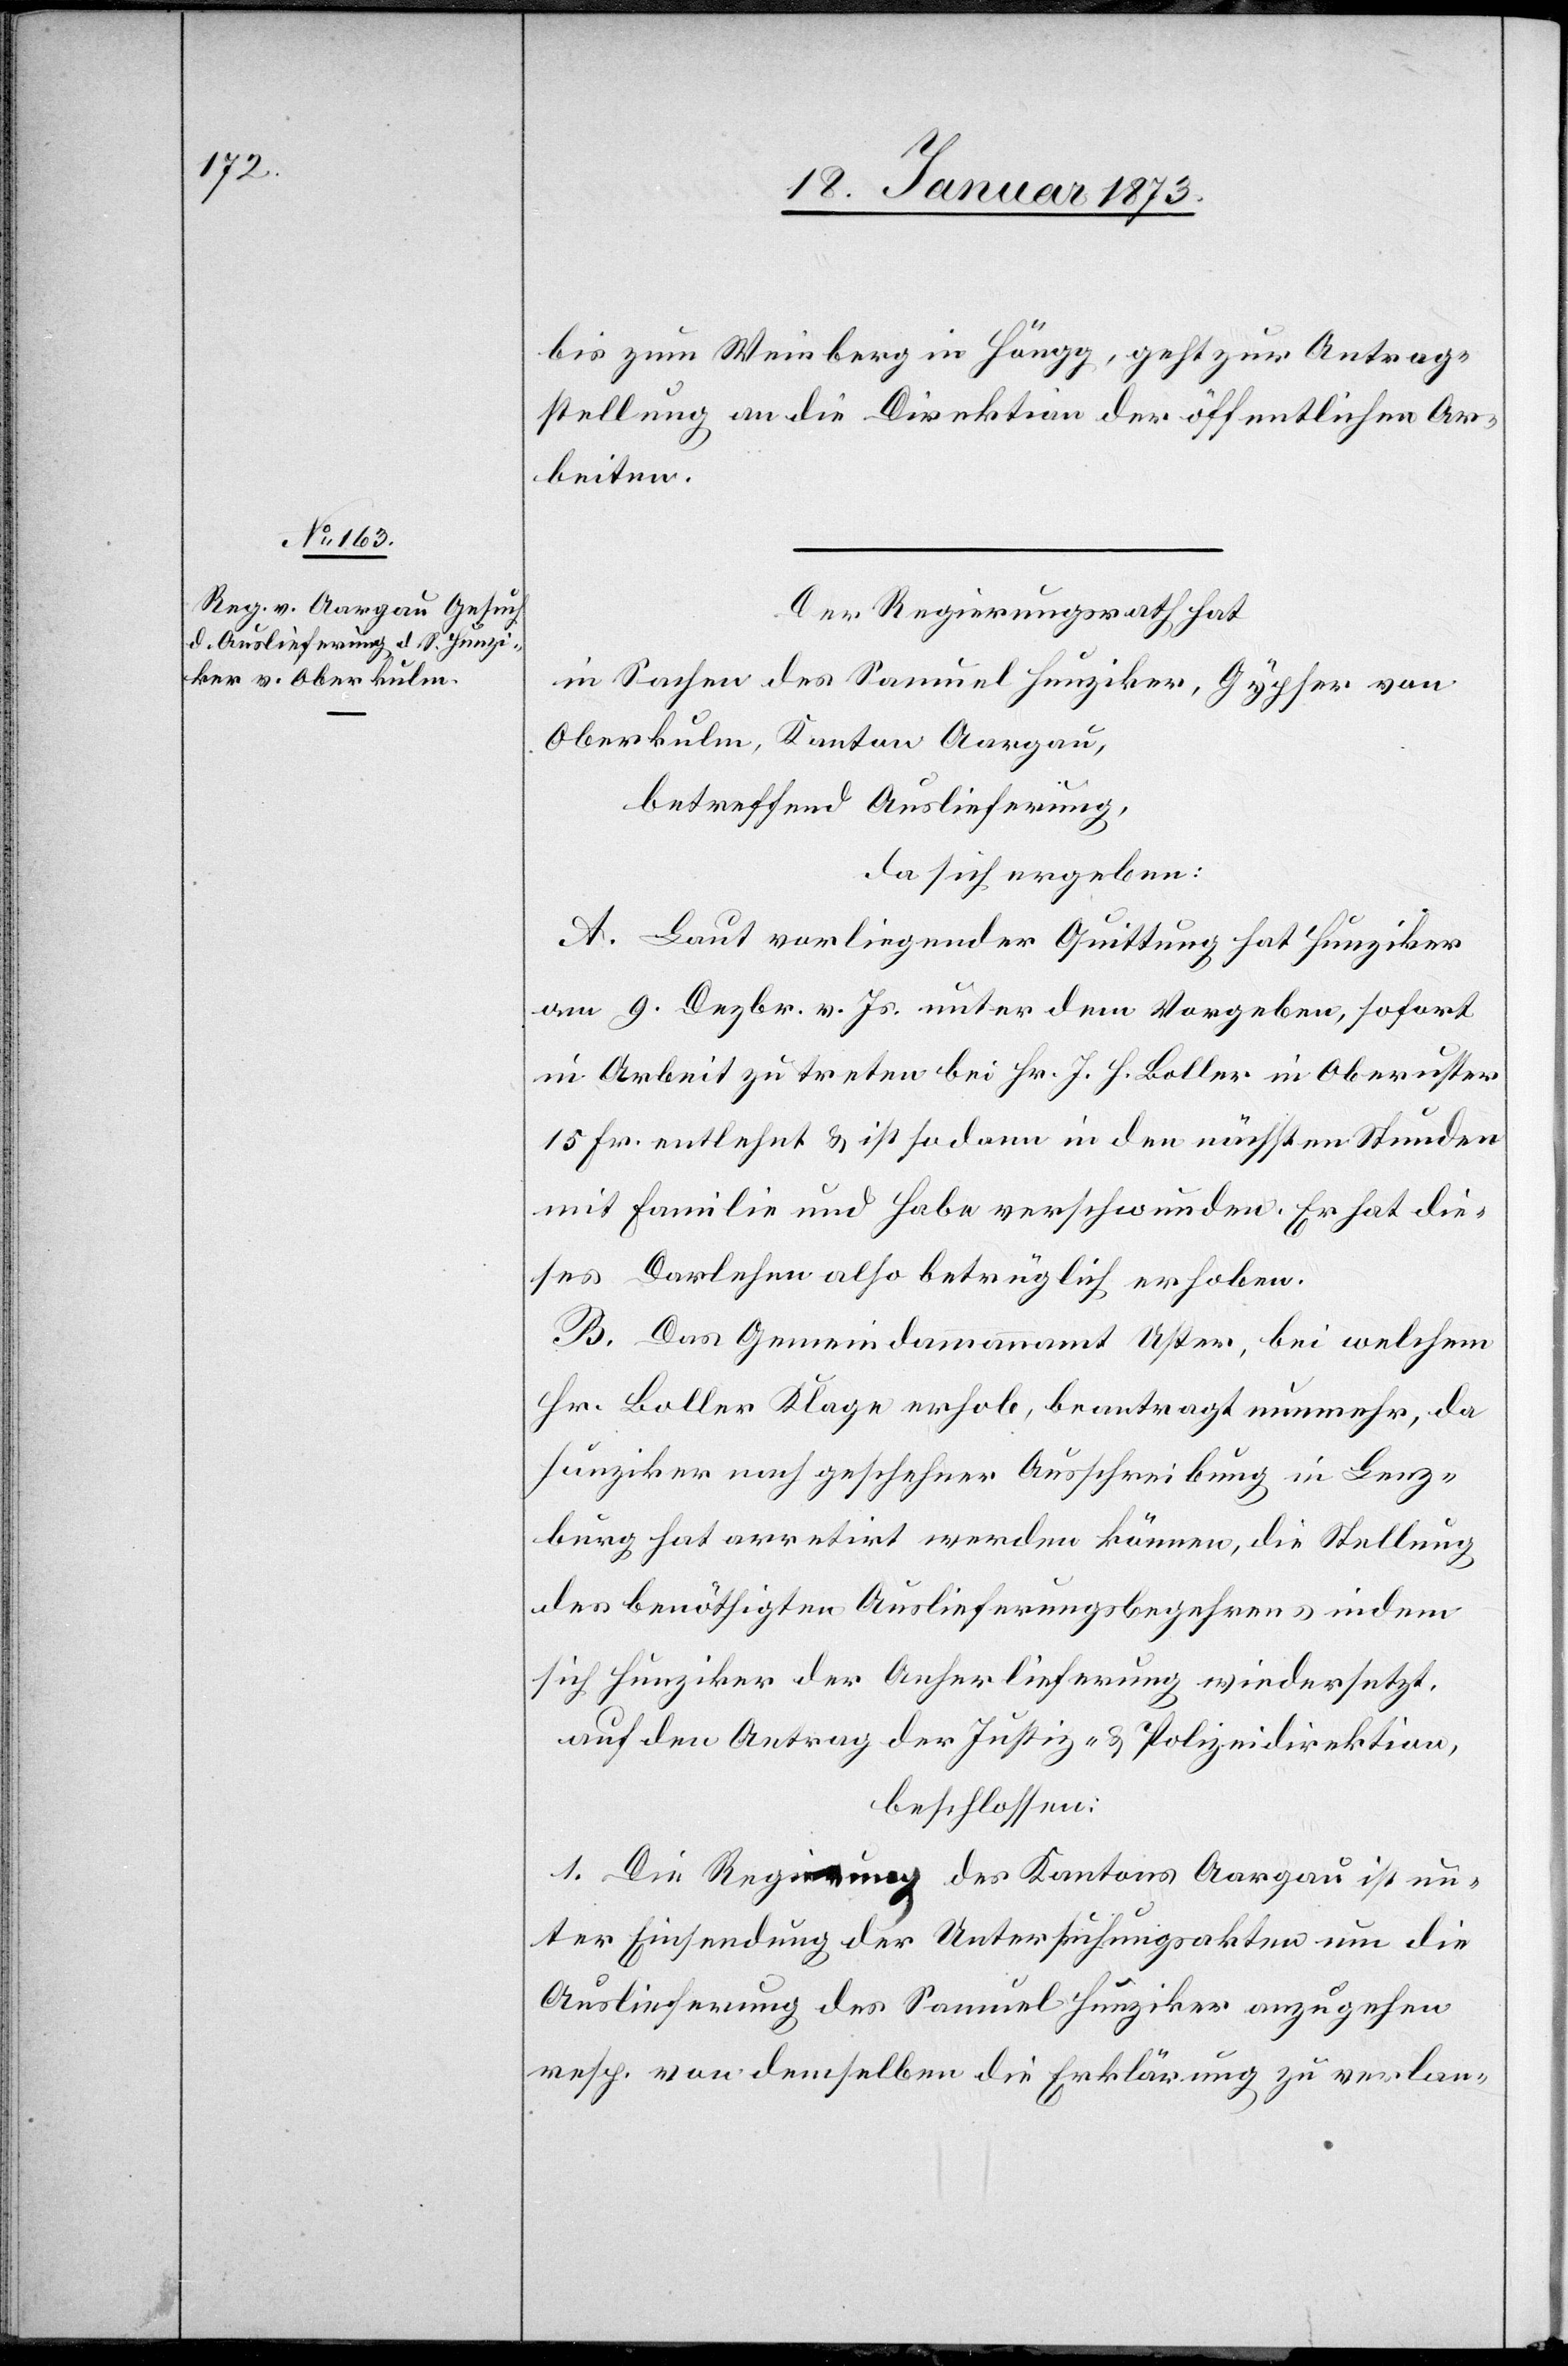
20. Januar 1873.]
bis zum Weinberg in Höngg, geht zur Antrag¬
stellung an die Direktion der öffentlichen Ar¬
beiten.
Der Regierungsrath hat
in Sachen des Samuel Hunziker, Gypser von
Oberkulm, Kanton Aargau,
betreffend Auslieferung,
da sich ergeben:
A. Laut vorliegender Quittung hat Hunziker
am 9. Dezbr. v. Js. unter dem Vorgeben, sofort
in Arbeit zu treten bei Hr. J. H. Boller in Oberuster
15 Fr. entlehnt u. ist sodann in den nächsten Stunden
mit Familie und Habe verschwunden. Er hat die¬
ses Darlehen also betrüglich erhoben.
B. Das Gemeindammannamt Uster, bei welchem
Hr. Boller Klage erhob, beantragt nunmehr, da
Hunziker nach geschehner Ausschreibung in Lenz¬
burg hat arretirt werden können, die Stellung
des benöthigten Auslieferungsbegehrens indem
sich Hunziker der Anherlieferung wiedersetzt.
Auf den Antrag der Justiz- und Polizeidirektion,
beschlossen:
1. Die Regierung des Kantons Aargau ist un¬
ter Einsendung der Untersuchungsakten um die
Auslieferung des Samuel Hunziker anzugehen
resp. von demselben die Erklärung zu verlan-